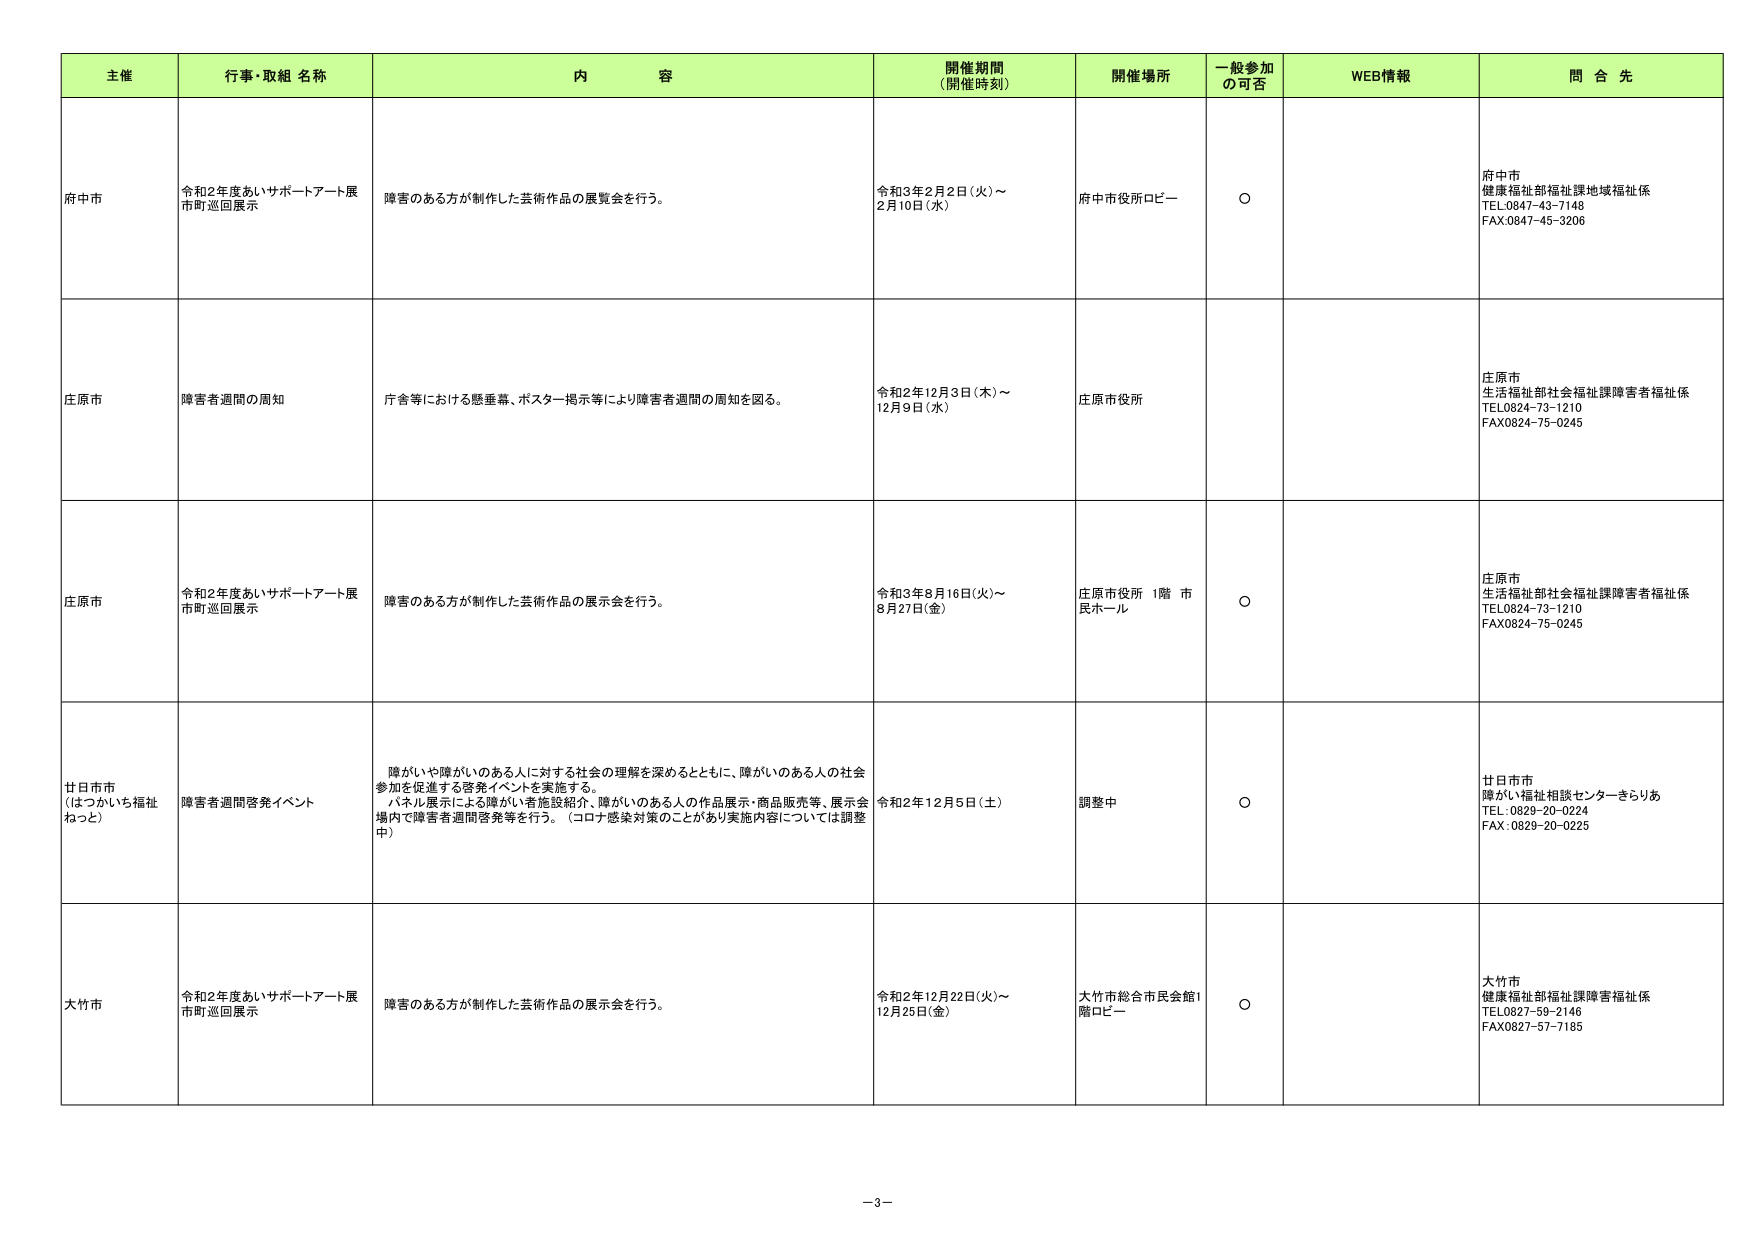
主催 行事・取組 名称 内 容 開催期間 (開催時刻) 開催場所 一般参加 の可否 WEB情報 問 合 先
府中市 令和2年度あいサポートアート展 市町巡回展示 障害のある方が制作した芸術作品の展覧会を行う。 令和3年2月2日(火)～ 2月10日(水) 府中市役所ロビー ○ 府中市 健康福祉部福祉課地域福祉係 TEL:0847-43-7148 FAX:0847-45-3206
庄原市 障害者週間の周知 庁舎等における懸垂幕、ポスター掲示等により障害者週間の周知を図る。 令和2年12月3日(木)～ 12月9日(水) 庄原市役所 庄原市 生活福祉部社会福祉課障害者福祉係 TEL:0824-73-1210 FAX:0824-75-0245
庄原市 令和2年度あいサポートアート展 市町巡回展示 障害のある方が制作した芸術作品の展示会を行う。 令和3年8月16日(火)～ 8月27日(金) 庄原市役所 1階 市民ホール ○ 庄原市 生活福祉部社会福祉課障害者福祉係 TEL:0824-73-1210 FAX:0824-75-0245
廿日市市 (はつかいち福祉 ねっと) 障害者週間啓発イベント 障がいや障がいのある人に対する社会の理解を深めるとともに、障がいのある人の社会参加を促進する啓発イベントを実施する。 パネル展示による障がい者施設紹介、障がいのある人の作品展示・商品販売等、展示会場内で障害者週間啓発等を行う。（コロナ感染対策のことがあり実施内容については調整中） 令和2年12月5日(土) 調整中 ○ 廿日市市 障がい福祉相談センターきらりあ TEL:0829-20-0224 FAX:0829-20-0225
大竹市 令和2年度あいサポートアート展 市町巡回展示 障害のある方が制作した芸術作品の展示会を行う。 令和2年12月22日(火)～ 12月25日(金) 大竹市総合市民会館1階ロビー ○ 大竹市 健康福祉部福祉課障害福祉係 TEL:0827-59-2146 FAX:0827-57-7185
-3-